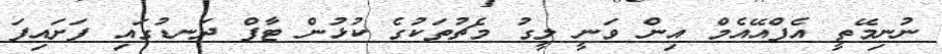
ނުނިމޭތީ އެފްއޭއެމް އިން ވަނީ ލީގު މެޗުތަކުގެ ކުޅުން ޓާފް ދަނޑުގައި ފަށައިފަ